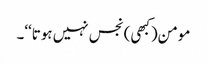
مومن(کبھی) نجس نہیں ہوتا‘‘۔